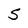
Character: S